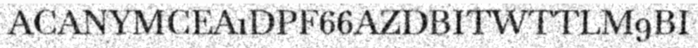
ACANYMCEA1DPF66AZDBITWTTLM9BI